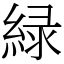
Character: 緑